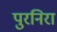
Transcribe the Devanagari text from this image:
पुरनिरा